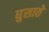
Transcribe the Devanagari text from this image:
घुसाते